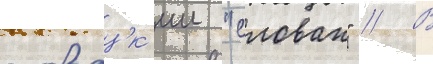
словацк'ии "слован" // В